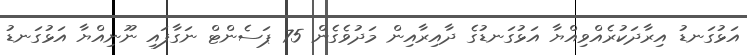
އަޅުގަނޑު އިރާދަކުރެއްވިއްޔާ އަޅުގަނޑުގެ ދާއިރާއިން މަދުވެގެން 75 ޕަސެންޓް ނަގާފައި ނޫނިއްޔާ އަޅުގަނޑު